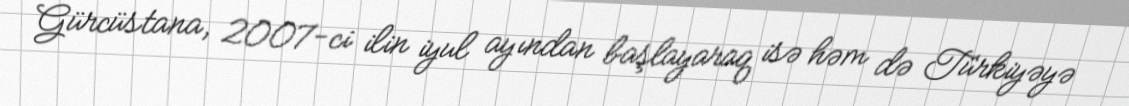
Gürcüstana, 2007-ci ilin iyul ayından başlayaraq isə həm də Türkiyəyə